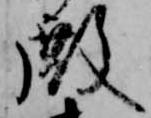
殿